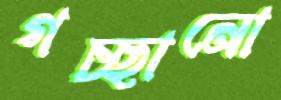
গচ্ছানো